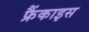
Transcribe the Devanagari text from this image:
फ्रैंकाइस